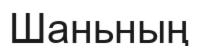
Шаньның